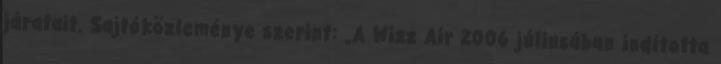
járatait. Sajtóközleménye szerint: „A Wizz Air 2006 júliusában indította